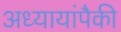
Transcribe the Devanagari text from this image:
अध्यायांपैकी